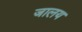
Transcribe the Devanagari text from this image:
जालय